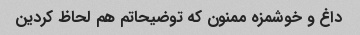
داغ و خوشمزه ممنون که توضیحاتم هم لحاظ کردین